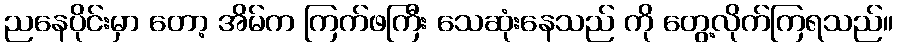
ညနေပိုင်းမှာ တော့ အိမ်က ကြက်ဖကြီး သေဆုံးနေသည် ကို တွေ့လိုက်ကြရသည်။